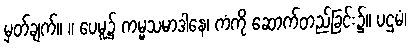
မှတ်ချက်။ ။ ပေမူ၌ ကမ္မသမာဒါနေ၊ ကံကို ဆောက်တည်ခြင်း၌။ ပဌမံ၊